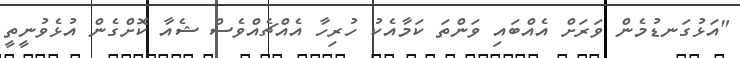
"އަޅުގަނޑުމެން ވަރަށް އެއްބައި ވަންތަ ކަމާއެކު ހުރިހާ އެއްޗެއްވެސް ޝެއާ ކޮށްގެން އުޅެވުނީތީ